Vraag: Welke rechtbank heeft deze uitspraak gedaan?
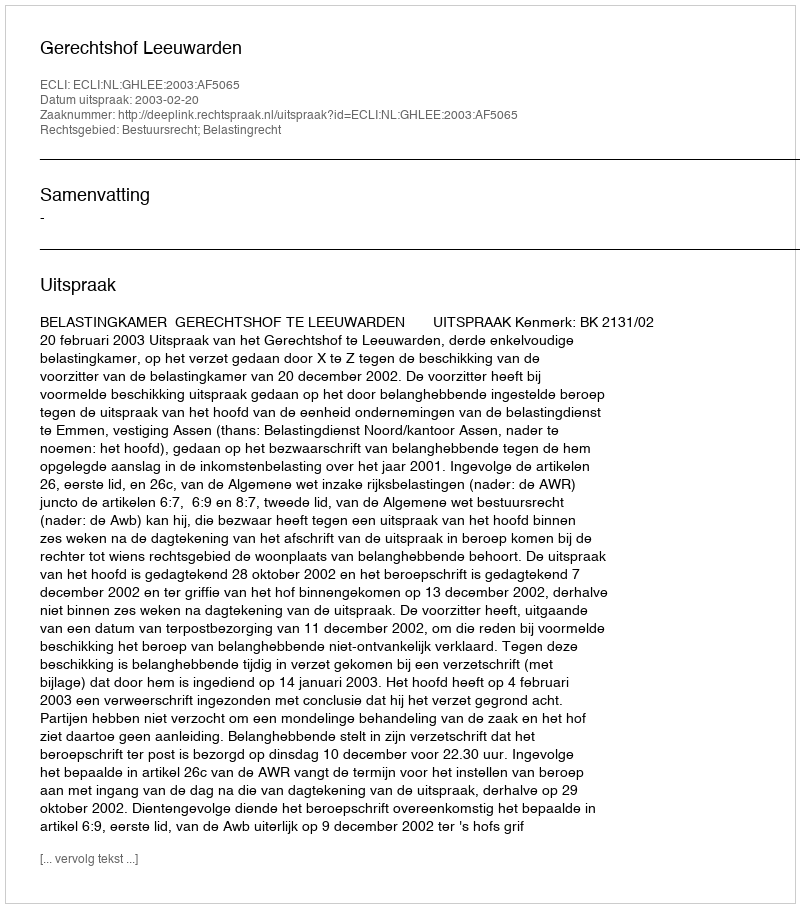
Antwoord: Gerechtshof Leeuwarden